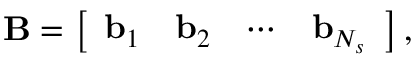
\mathbf { B } = \left[ \begin{array} { l l l l } { \mathbf { b } _ { 1 } } & { \mathbf { b } _ { 2 } } & { \cdots } & { \mathbf { b } _ { N _ { s } } } \end{array} \right] ,